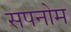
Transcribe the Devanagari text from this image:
सपनोम